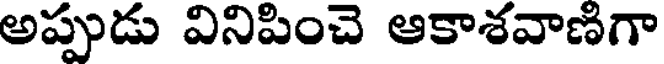
అప్పుడు వినిపించె ఆకాశవాణిగా